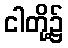
ငါတို့၌